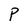
Character: P